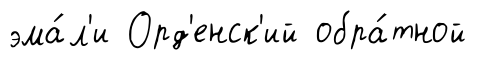
эма́л'и Орд'енск'ий обра́тной